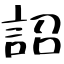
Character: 詔